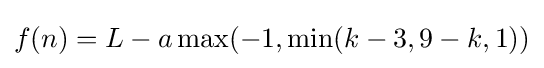
f(n)=L-a\max(-1,\min(k-3,9-k,1))